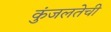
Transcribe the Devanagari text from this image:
कुंजलतेची